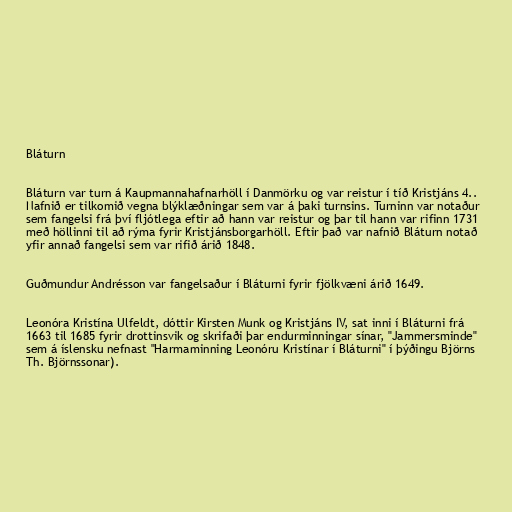
Bláturn

Bláturn var turn á Kaupmannahafnarhöll í Danmörku og var reistur í tíð Kristjáns 4..
Nafnið er tilkomið vegna blýklæðningar sem var á þaki turnsins. Turninn var notaður
sem fangelsi frá því fljótlega eftir að hann var reistur og þar til hann var rifinn 1731
með höllinni til að rýma fyrir Kristjánsborgarhöll. Eftir það var nafnið Bláturn notað
yfir annað fangelsi sem var rifið árið 1848.

Guðmundur Andrésson var fangelsaður í Bláturni fyrir fjölkvæni árið 1649.

Leonóra Kristína Ulfeldt, dóttir Kirsten Munk og Kristjáns IV, sat inni í Bláturni frá
1663 til 1685 fyrir drottinsvik og skrifaði þar endurminningar sínar, "Jammersminde"
sem á íslensku nefnast "Harmaminning Leonóru Kristínar í Bláturni" í þýðingu Björns
Th. Björnssonar).